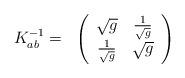
LaTeX: \begin{align*}\begin{array}{cc} K^{-1}_{ab} = & \left(\begin{array}{cc}\sqrt{g} & { 1 \over \sqrt{g}} \\{1 \over \sqrt{g}} & \sqrt{g}\end{array} \right) \end{array}\end{align*}